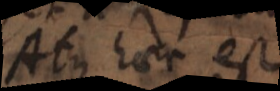
Atque haec est